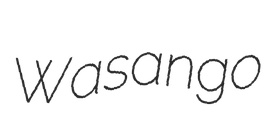
Wasango